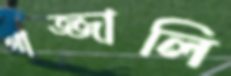
গাজ্জালি